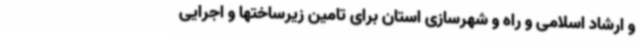
و ارشاد اسلامی و راه و شهرسازی استان برای تامین زیرساختها و اجرایی